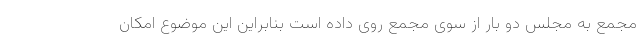
مجمع به مجلس دو بار از سوی مجمع روی داده است بنابراین این موضوع امکان